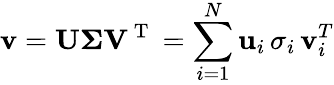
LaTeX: \mathbf{v}=\mathbf{U\Sigma V^{\mathrm{~T~}}}=\sum_{i=1}^{N}\mathbf{u}_{i}\, \sigma_{i}\, \mathbf{v}_{i}^{T}